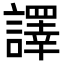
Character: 譯